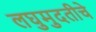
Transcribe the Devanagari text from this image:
लघुमुदतीचे